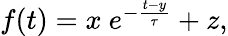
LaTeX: \begin{array}{r}{f(t)=x\ e^{-\frac{t-y}{\tau}}+z,}\end{array}